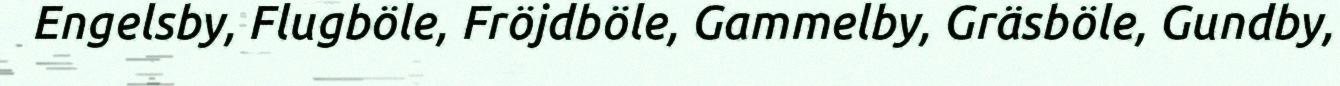
Engelsby, Flugböle, Fröjdböle, Gammelby, Gräsböle, Gundby,